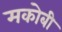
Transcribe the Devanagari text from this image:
मकोबी